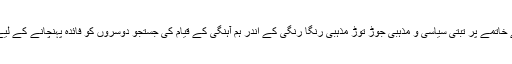
آٹھویں صدی کے خاتمے پر تبتی سیاسی و مذہبی جوڑ توڑ مذہبی رنگا رنگی کے اندر ہم آہنگی کے قیام کی جستجو دوسروں کو فائدہ پہنچانے کے لیے ہمارا ساتھ دیں۔